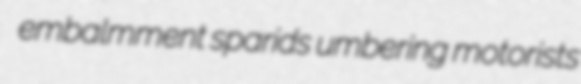
embalmment sparids umbering motorists